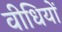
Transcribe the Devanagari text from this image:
वीधियों